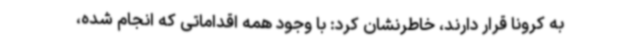
به کرونا قرار دارند، خاطرنشان کرد: با وجود همه اقداماتی که انجام شده،